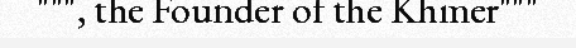
""", the Founder of the Khmer"""